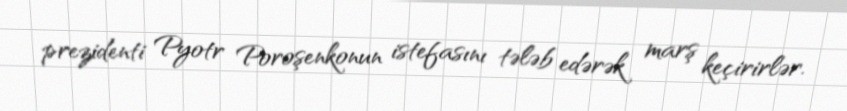
prezidenti Pyotr Poroşenkonun istefasını tələb edərək marş keçirirlər.